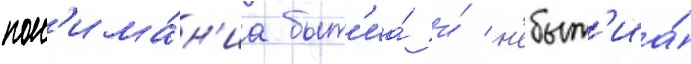
пон'има́н'иа быт'иа́ и́ н'ебыт'иа́